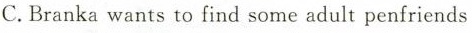
C.Branka wants to find some adult penfriends